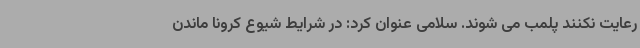
رعایت نکنند پلمب می شوند. سلامی عنوان کرد: در شرایط شیوع کرونا ماندن